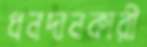
ধনদানকারী